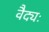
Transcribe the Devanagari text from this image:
वैद्यः